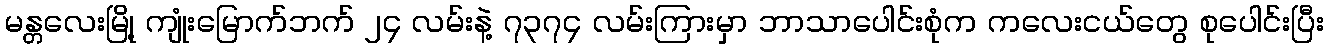
မန္တလေးမြို့ ကျုံးမြောက်ဘက် ၂၄ လမ်းနဲ့ ၇၃၇၄ လမ်းကြားမှာ ဘာသာပေါင်းစုံက ကလေးငယ်တွေ စုပေါင်းပြီး